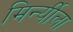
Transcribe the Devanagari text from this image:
मिर्न्यीला